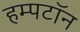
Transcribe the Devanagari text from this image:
हम्पटॉन